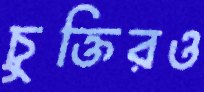
চুক্তিরও